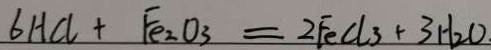
6 H C l + F e _ { 2 } O _ { 3 } = 2 F e C l _ { 3 } + 3 H _ { 2 } O